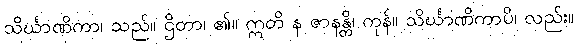
သိင်္ဃာဏိကာ၊ သည်။ ဌိတာ၊ ၏။ ဣတိ န ဇာနန္တိ၊ ကုန်။ သိင်္ဃာဏိကာပိ၊ လည်း။